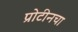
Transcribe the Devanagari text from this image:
प्रोटीनचा